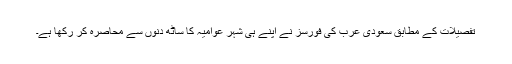
تفصیلات کے مطابق سعودی عرب کی فورسز نے اپنے ہی شہر عوامیہ کا ساٹھ دنوں سے محاصرہ کر رکھا ہے۔